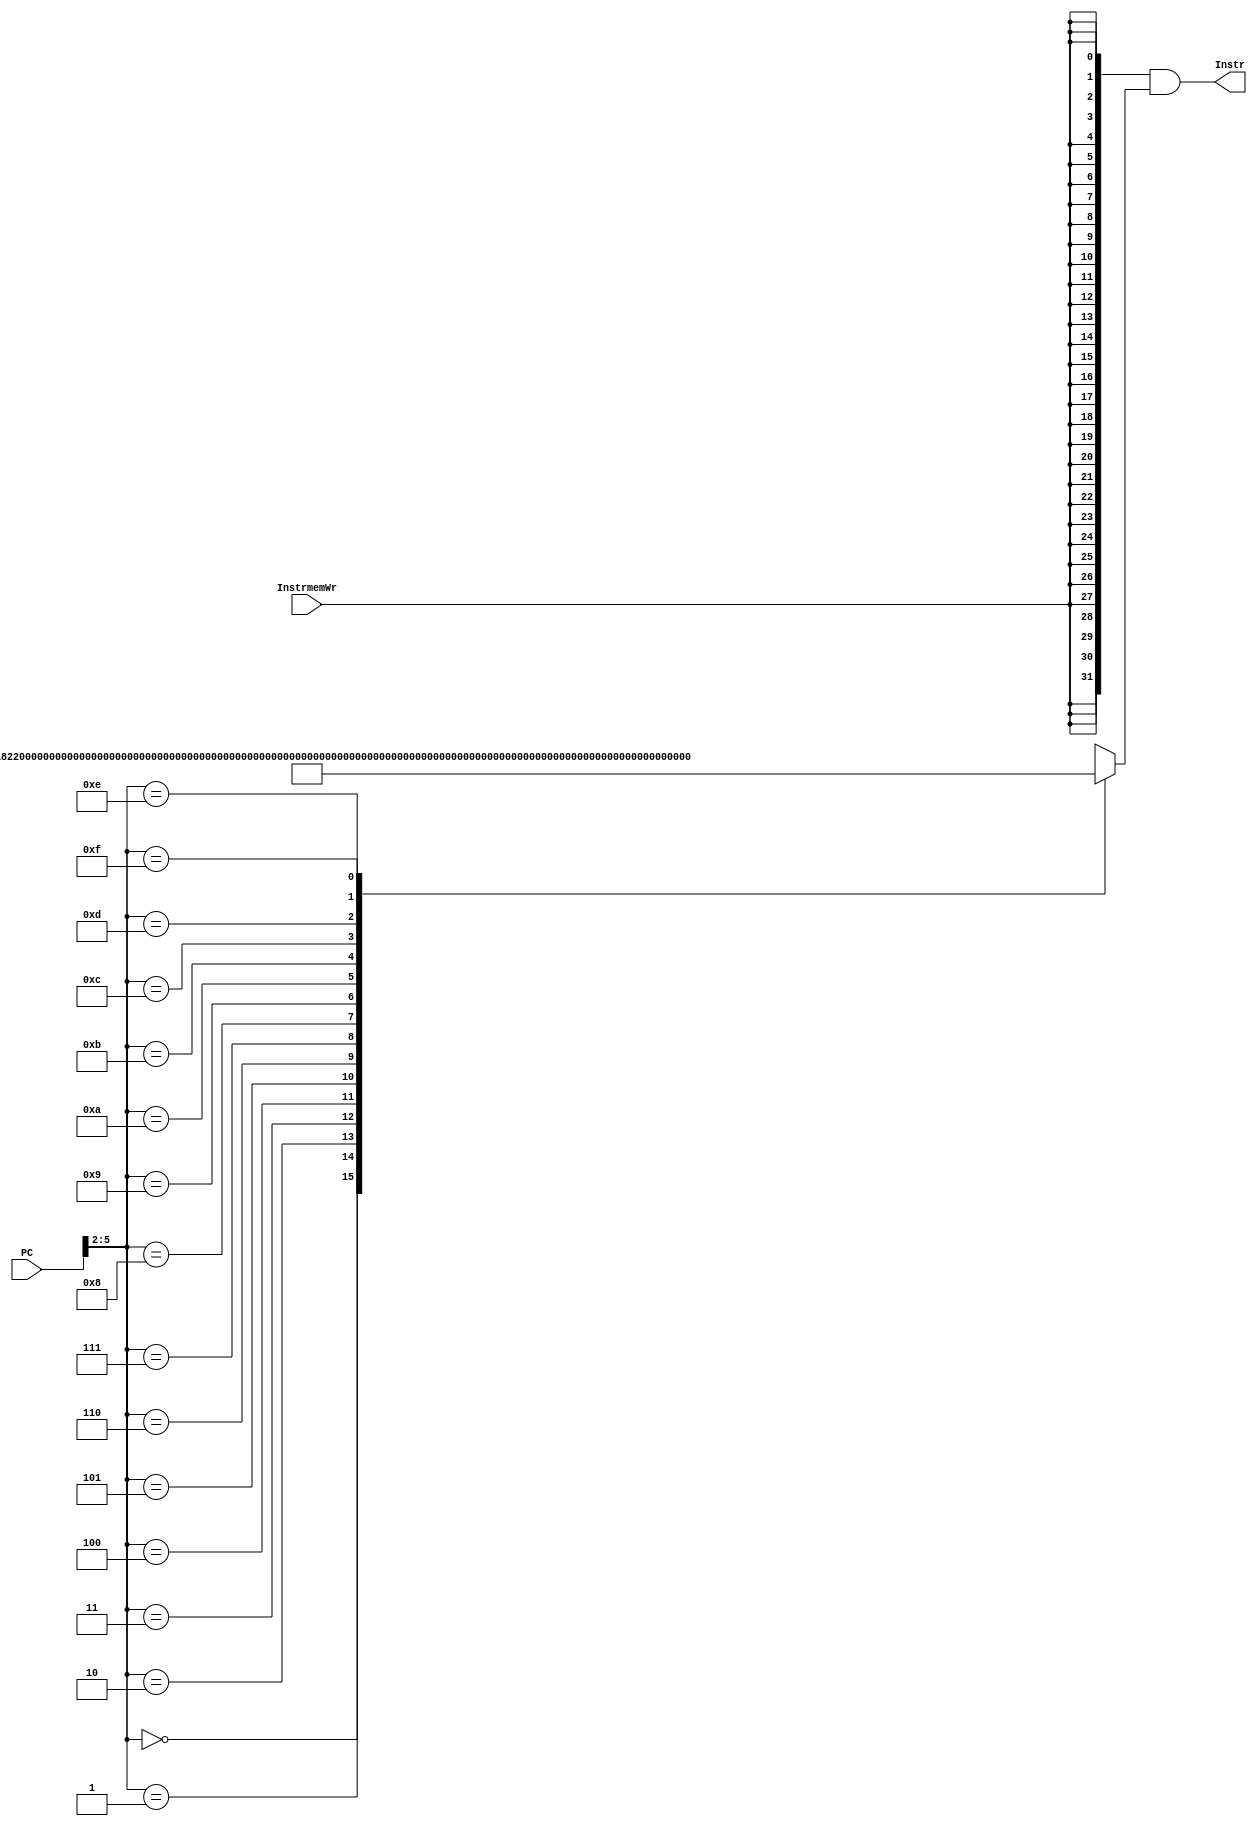
`timescale 1ns / 1ps
//////////////////////////////////////////////////////////////////////////////////
// Company: 
// Engineer: 
// 
// Design Name: 
// Module Name: Instrmemory
// Project Name: 
// Target Devices: 
// Tool Versions: 
// Description: 
// 
// Dependencies: 
// 
// Revision:
// Revision 0.01 - File Created
// Additional Comments:
// 
//////////////////////////////////////////////////////////////////////////////////


module Instrmemory(PC,Instr,InstrmemWr
);

input [31:0] PC;
input InstrmemWr;
    output [31:0] Instr;
wire[31:0]Rom[15:0];

assign Rom[32'h0]=32'b000000_00001_00010_00011_00000_100000;
//add $3=$2+$1 0
assign Rom[32'h1]=32'b000000_00001_00010_00011_00000_100001;
//addu $3=$2+$1 4
assign Rom[32'h2]=32'b000000_00001_00010_00011_00000_100010;
//sub $3=$2-$1 8
assign Rom[32'h3]=32'b000000_00001_00010_00011_00000_100011;
//subu $3=$2+$1 c
assign Rom[32'h4]=32'b000000_00001_00010_00011_00000_100100;
//and $3=$2&$1 10
assign Rom[32'h5]=32'b001101_00001_00010_0000000000000111;
//ori $2=$1|7 14
assign Rom[32'h6]=32'b100011_00001_00010_0000000000001110;
//lw $2,14($1) 18
assign Rom[32'h7]=32'b101011_00001_00010_0000000000000111;
//sw $2,7($1) 1c
assign Rom[32'hE]=32'b000100_00001_00010_0000000000001010;
//beq $2,$1,10 
//j 
assign Rom[32'h8]=32'b000000_00000_00010_00011_00011_000000;//sll 
assign Rom[32'h9]=32'b000000_00000_00010_00011_00011_000010;//srl 
assign Rom[32'hA]=32'b000000_00000_00010_00011_00011_000011;//sra 
assign Rom[4'hB]=32'b000000_00001_00010_00011_00011_000100;//sllv 
assign Rom[4'hC]=32'b000000_00001_00010_00011_00011_000110;//srlv 
assign Rom[4'hD]=32'b000000_00001_00010_00011_00011_000111;//srav 
assign Rom[32'hF]=32'b000010_00000000000000000000000100;//j

assign Instr=({32{InstrmemWr}}&Rom[PC[5:2]]);

endmodule